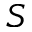
S